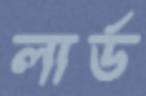
লার্ড